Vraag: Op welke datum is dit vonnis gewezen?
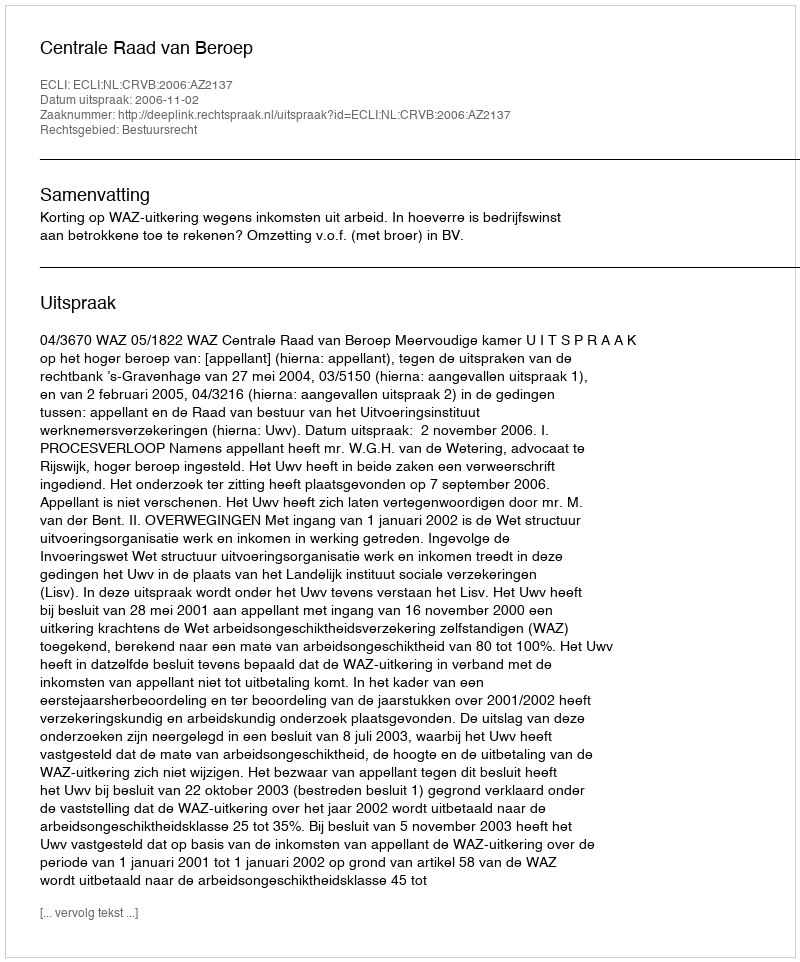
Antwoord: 2006-11-02